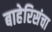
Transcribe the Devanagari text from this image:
बाहेरिसंचा